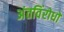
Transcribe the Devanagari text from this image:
अंतविंरोधों